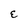
Character: E